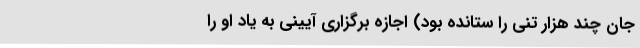
جان چند هزار تنی را ستانده بود) اجازه برگزاری آیینی به یاد او را